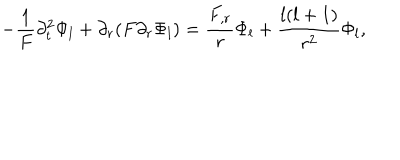
LaTeX: - \frac { 1 } { F } \partial _ { t } ^ { 2 } \Phi _ { l } + \partial _ { r } ( F \partial _ { r } \Phi _ { l } ) = \frac { F _ { , r } } { r } \Phi _ { l } + \frac { l ( l + 1 ) } { r ^ { 2 } } \Phi _ { l } ,